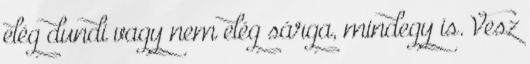
elég dundi vagy nem elég sárga, mindegy is. Vesz